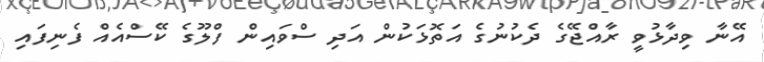
އޭނާ ވިދާޅުވީ ރާއްޖޭގެ ދެކުނުގެ އަތޮޅަކުން އަދި ސްވައިން ފްލޫގެ ކޭސްއެއް ފެނިފައި